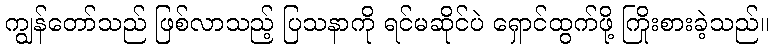
ကျွန်တော်သည် ဖြစ်လာသည့် ပြသနာကို ရင်မဆိုင်ပဲ ရှောင်ထွက်ဖို့ ကြိုးစားခဲ့သည်။